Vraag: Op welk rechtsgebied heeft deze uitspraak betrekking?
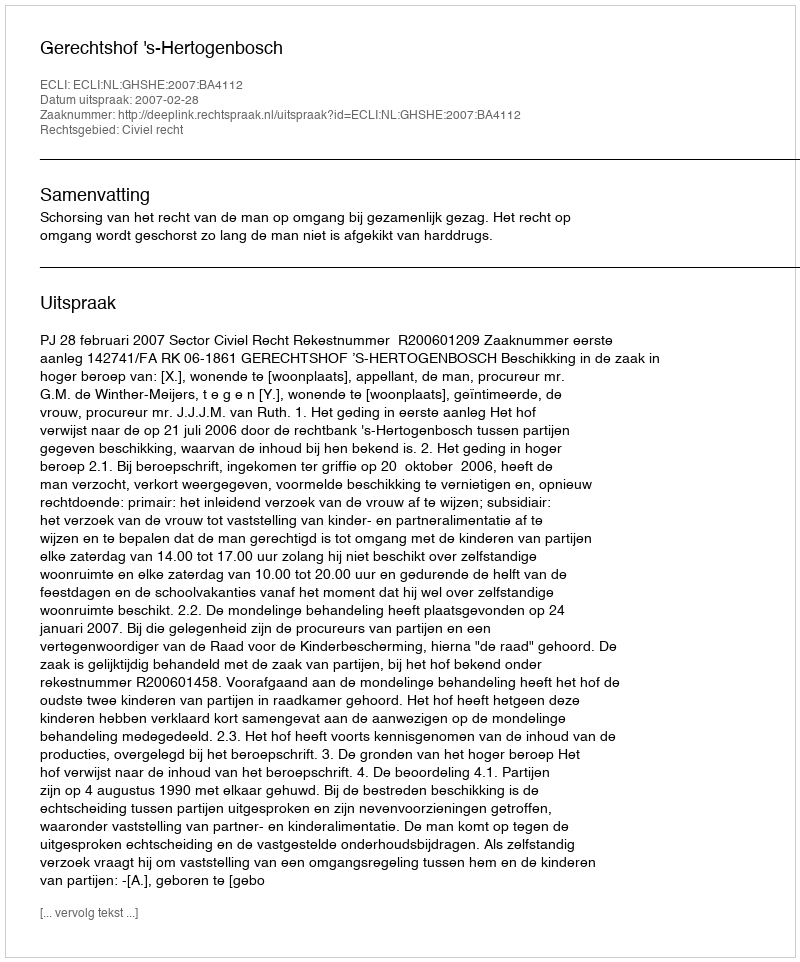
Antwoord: Civiel recht